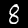
Label: 8